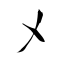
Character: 乄